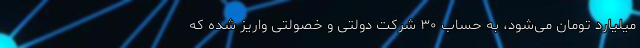
میلیارد تومان می‌شود، به حساب ۳۰ شرکت دولتی و خصولتی واریز شده که